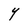
Character: Y